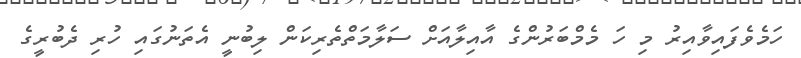
ހަމެވެފައިވާއިރު މި ހަ މެމްބަރުންގެ އާއިލާއަށް ސަލާމަތްްތެރިކަން ލިބުނީ އެތަނުގައި ހުރި ދެބުރީގެ